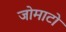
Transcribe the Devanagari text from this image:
जोमाटो